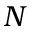
N